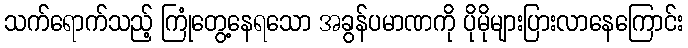
သက်ရောက်သည့် ကြုံတွေ့နေရသော အခွန်ပမာဏကို ပိုမိုများပြားလာနေကြောင်း